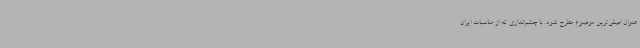
عنوان اصلی‌ترین موضوع مطرح شود. با چشم‌اندازی که از مناسبات ایران